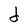
Character: d